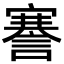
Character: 謇